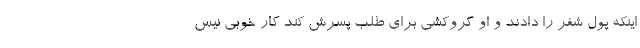
اینکه پول شفر را دادند و او گروکشی برای طلب پسرش کند کار خوبی نیس